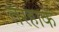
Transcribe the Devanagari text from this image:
तरहाके